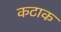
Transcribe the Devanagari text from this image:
कटाक